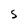
Character: S